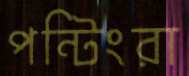
পন্টিংরা